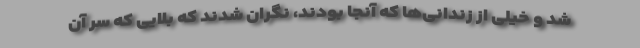
شد و خیلی از زندانی‌ها كه آنجا بودند، نگران شدند كه بلایی كه سر آن